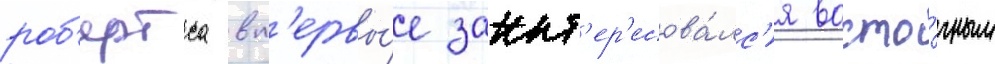
роб'ертса вп'ервы́е заинт'ер'есова́лс'я восто́чным